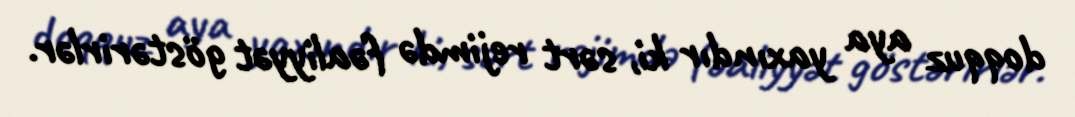
doqquz aya yaxındır ki, sərt rejimdə fəaliyyət göstərirlər.